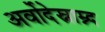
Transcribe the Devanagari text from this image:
अर्वोदेस्नाम्न्द